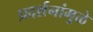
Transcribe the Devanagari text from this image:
प्रदर्शनांमुळे